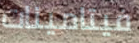
فيتامينات